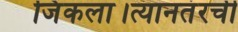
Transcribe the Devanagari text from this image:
जिंकला।त्यानतंरची